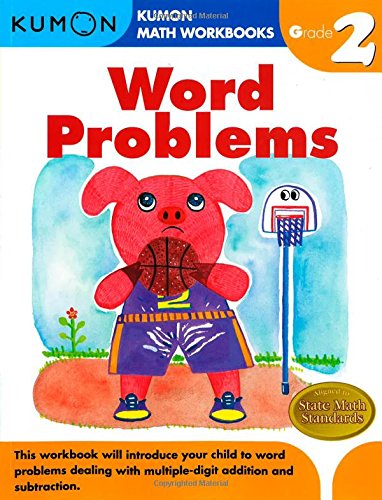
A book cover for Word Problems Grade 2 (Kumon Math Workbooks); Kumon Pub. North America Ltd; Children's Books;